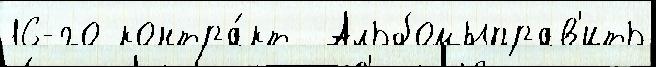
16-го контра́кт  Альбомыправ'ить